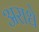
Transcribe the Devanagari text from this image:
अराधे